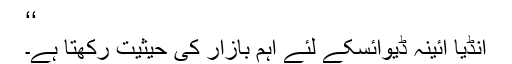
‘‘
انڈیا آئینہ ڈیوائسکے لئے اہم بازار کی حیثیت رکھتا ہے۔